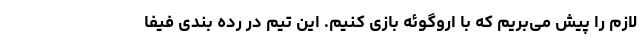
لازم را پیش می‌بریم که با اروگوئه بازی کنیم. این تیم در رده بندی فیفا